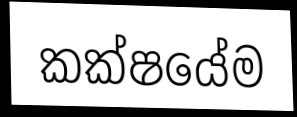
කක්ෂයේම